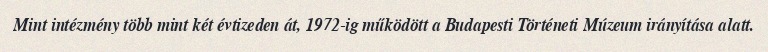
Mint intézmény több mint két évtizeden át, 1972-ig működött a Budapesti Történeti Múzeum irányítása alatt.